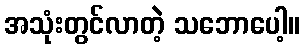
အသုံးတွင်လာတဲ့ သဘောပေါ့။